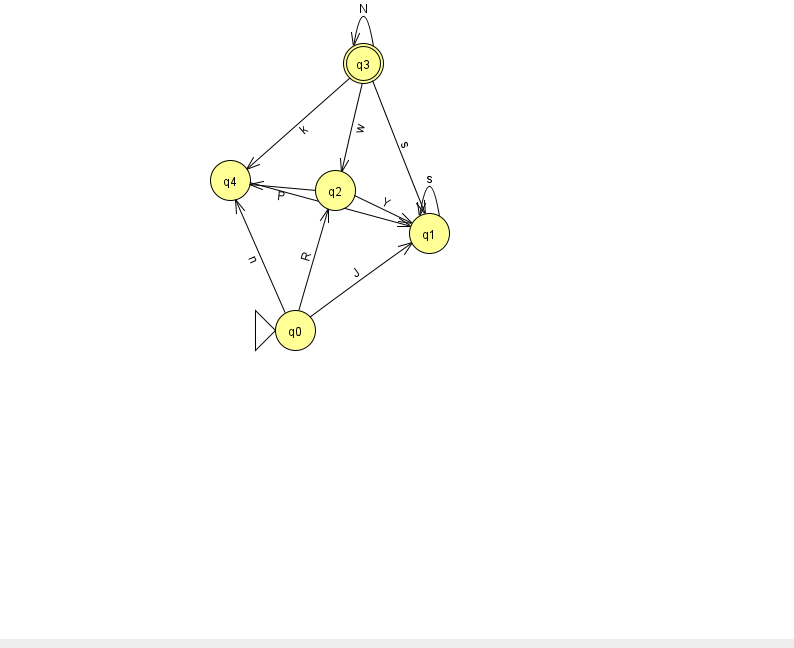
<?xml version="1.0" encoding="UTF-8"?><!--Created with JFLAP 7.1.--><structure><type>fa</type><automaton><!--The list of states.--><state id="0" name="q0"><x>295.0</x><y>317.0</y><initial/></state><state id="1" name="q1"><x>429.0</x><y>220.0</y></state><state id="2" name="q2"><x>335.0</x><y>177.0</y></state><state id="3" name="q3"><x>363.0</x><y>50.0</y><final/></state><state id="4" name="q4"><x>230.0</x><y>167.0</y></state><!--The list of transitions.--><transition><from>4</from><to>1</to><read>J</read></transition><transition><from>3</from><to>2</to><read>w</read></transition><transition><from>1</from><to>1</to><read>s</read></transition><transition><from>3</from><to>1</to><read>s</read></transition><transition><from>0</from><to>1</to><read>J</read></transition><transition><from>3</from><to>4</to><read>k</read></transition><transition><from>0</from><to>4</to><read>n</read></transition><transition><from>2</from><to>4</to><read>P</read></transition><transition><from>2</from><to>1</to><read>Y</read></transition><transition><from>0</from><to>2</to><read>R</read></transition><transition><from>3</from><to>3</to><read>N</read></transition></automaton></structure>